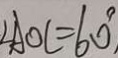
\angle A O C = 6 0 ^ { \circ } ,